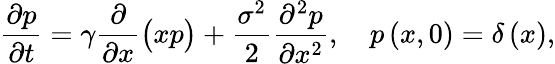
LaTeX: \frac{\partial p}{\partial t}=\gamma\frac{\partial}{\partial x}\big(xp\big)+\frac{\sigma^{2}}{2}\frac{\partial^{2}p}{\partial x^{2}},\quad p\left(x,0\right)=\delta\left(x\right),